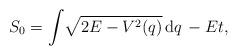
LaTeX: \begin{align*} S_0=\int\!\sqrt{2E-V^2(q)}\,{\rm d}q\, -Et ,\end{align*}